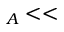
_ A < <